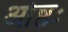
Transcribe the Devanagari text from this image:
ओष्ठः